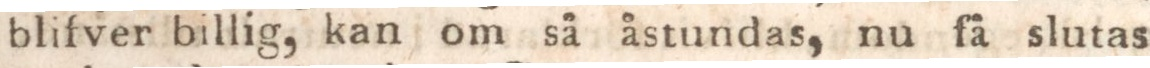
blifver billig, kan om så åstundas, nu få slutas